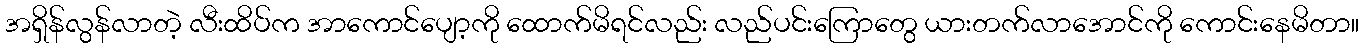
အရှိန်လွန်လာတဲ့ လီးထိပ်က အာကောင်ပျော့ကို ထောက်မိရင်လည်း လည်ပင်းကြောတွေ ယားတက်လာအောင်ကို ကောင်းနေမိတာ။